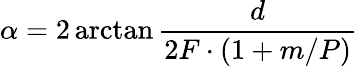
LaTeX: \alpha=2\arctan{\frac{d}{2F\cdot(1+m/P)}}